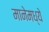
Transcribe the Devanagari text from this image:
मानेमध्ये